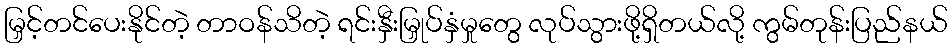
မြှင့်တင်ပေးနိုင်တဲ့ တာဝန်သိတဲ့ ရင်းနှီးမြှုပ်နှံမှုတွေ လုပ်သွားဖို့ရှိတယ်လို့ ကွမ်တုန်းပြည်နယ်